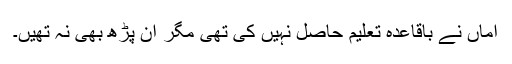
اماں نے باقاعدہ تعلیم حاصل نہیں کی تھی مگر اَن پڑھ بھی نہ تھیں۔